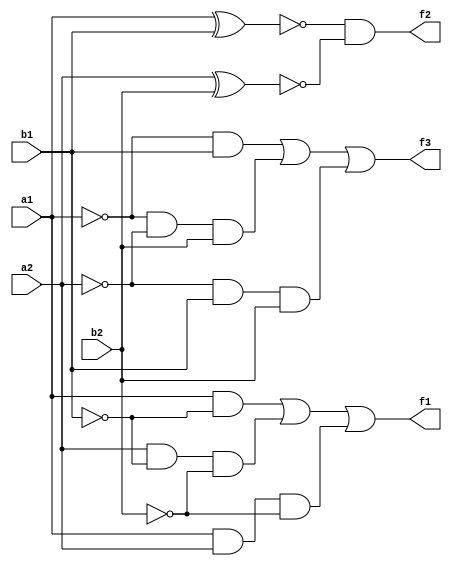
`timescale 1ns / 1ps

module two_bit_binary_comparator(
input a1,a2,b1,b2,
output f1,f2,f3
    );
    
assign f1=(a1&(~b1))|(a2&(~b1)&(~b2))|(a1&a2&(~b2));
assign f2=~(a1^b1)&~(a2^b2);
assign f3=((~a1)&b1)|((~a1)&(~a2)&b2)|((~a2)&b1&b2);
endmodule